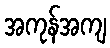
အကုန်အကျ